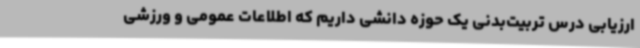
ارزیابی درس تربیت‌بدنی یک حوزه دانشی داریم که اطلاعات عمومی و ورزشی